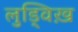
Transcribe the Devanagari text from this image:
लुड्विख़